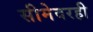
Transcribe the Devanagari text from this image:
सीमेवरही